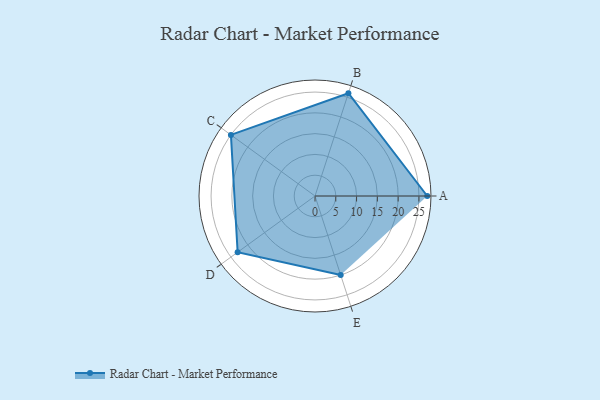
{"axis": {"x": "Skill", "y": "Score"}, "legend": ["Profile"], "data": [{"x": "A", "y": 27.0, "type": "Profile"}, {"x": "B", "y": 26.0, "type": "Profile"}, {"x": "C", "y": 25.0, "type": "Profile"}, {"x": "D", "y": 23.0, "type": "Profile"}, {"x": "E", "y": 20, "type": "Profile"}]}